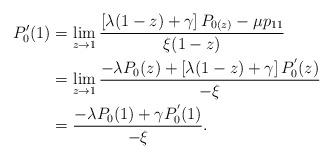
LaTeX: \begin{align*}P'_{0}(1) &= \lim_{z \rightarrow 1} \dfrac{\left[ \lambda(1-z) +\gamma \right]P_{0(z)} - \mu p_{11}}{\xi (1-z) }\\ &= \lim_{z \rightarrow 1} \dfrac{-\lambda P_{0}(z)+ \left[ \lambda(1-z) +\gamma \right]P^{'}_{0}(z)}{-\xi}\\ &= \dfrac{-\lambda P_{0}(1)+\gamma P^{'}_{0}(1)}{-\xi}. \end{align*}